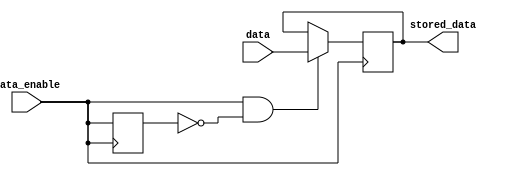
module data_enable_latch (
    input wire data,
    input wire data_enable,
    output reg stored_data
);

reg previous_data_enable;

always @(posedge data_enable) begin
    if(data_enable && !previous_data_enable) begin
        stored_data <= data;
    end
    previous_data_enable <= data_enable;
end

endmodule